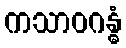
ကသာဝဂန္ဓံ